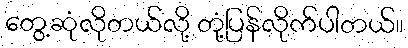
တွေ့ဆုံလိုတယ်လို့ တုံ့ပြန်လိုက်ပါတယ်။